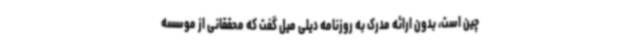
چین است، بدون ارائه مدرک به روزنامه دیلی‌ میل گفت که محققانی از موسسه